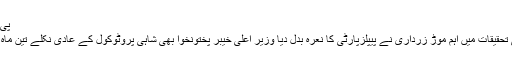
پی ٹی آئی رہنماء نے بڑی وجہ بتادی | Daily Universal
دپیکا پڈکون نے انکار کردیا پی ایس ایل اسپاٹ فکسنگ کی تحقیقات میں اہم موڑ زرداری نے پیپلزپارٹی کا نعرہ بدل دیا وزیر اعلیٰ خیبر پختونخوا بھی شاہی پروٹوکول کے عادی نکلے تین ماہ قبل ماں بننے والی کرینہ کپورنے اپنا کتنا وزن کم کر لیا ؟